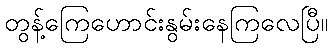
တွန့်ကြေဟောင်းနွမ်းနေကြလေပြီ။